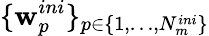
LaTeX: \{ \mathbf{w}_{p}^{ini}\} _{p\in\{ 1,\dots,N_{m}^{ini}\} }